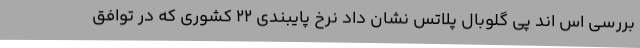
بررسی اس اند پی گلوبال پلاتس نشان داد نرخ پایبندی 22 کشوری که در توافق